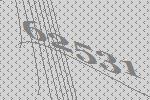
62531